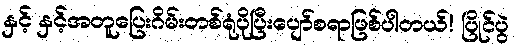
နှင့် နှင့်အတူပြေးဂိမ်းတစ်ရုံပိုပြီးပျော်စရာဖြစ်ပါတယ်! ပြိုင်ပွဲ